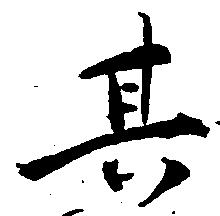
其